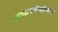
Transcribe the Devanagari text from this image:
सफरचंदांच्या